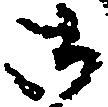
御